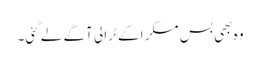
وہ بھی بس مسکرا کے ٹرالی آگے لے گئی۔